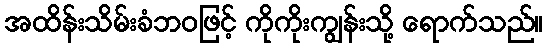
အထိန်းသိမ်းခံဘဝဖြင့် ကိုကိုးကျွန်းသို့ ရောက်သည်။